Plague in India, 1896, 1897 - Volume 3
Year: 1896
Disease focus: Plague
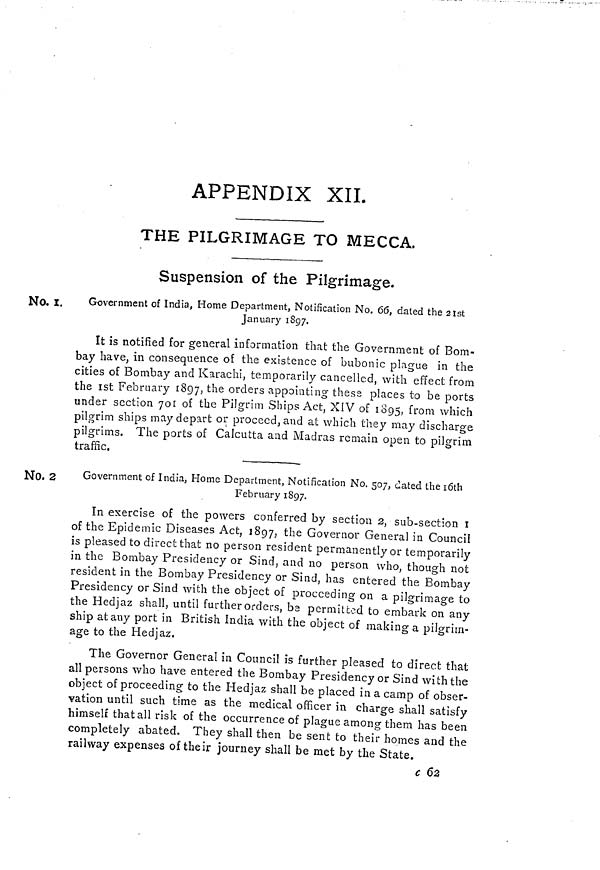
APPENDIX XII.
THE PILGRIMAGE TO MECCA.
Suspension of the Pilgrimage.
No. 1. Government of India, Home Department, Notification No. 66, dated the 21st
January 1897.
It is notified for general information that the Government of Bom-
bay have, in consequence of the existence of bubonic plague in the
cities of Bombay and Karachi, temporarily cancelled, with effect from
the 1st February 1897, the orders appointing these places to be ports
under section 701 of the Pilgrim Ships Act, XIV of 1895, from which
pilgrim ships may depart or proceed, and at which they may discharge
pilgrims. The ports of Calcutta and Madras remain open to pilgrim
traffic.
No. 2
Government of India, Home Department, Notification No. 507, dated the 16th
February 1897.
In exercise of the powers conferred by section 2, sub-section 1
of the Epidemic Diseases Act, 1897, the Governor General in Council
is pleased to direct that no person resident permanently or temporarily
in the Bombay Presidency or Sind, and no person who, though not
resident in the Bombay Presidency or Sind, has entered the Bombay
Presidency or Sind with the object of proceeding on a pilgrimage to
the Hedjaz shall, until further orders, be permitted to embark on any
ship at any port in British India with the object of making a pilgrim-
age to the Hedjaz.
The Governor General in Council is further pleased to direct that
all persons who have entered the Bombay Presidency or Sind with the
object of proceeding to the Hedjaz shall be placed in a camp of obser-
vation until such time as the medical officer in charge shall satisfy
himself that all risk of the occurrence of plague among them has been
completely abated. They shall then be sent to their homes and the
railway expenses of their journey shall be met by the State.
c 62